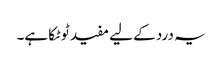
یہ درد کے لیے مفید ٹوٹکا ہے۔